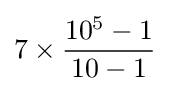
7\times {\frac {10^{5}-1}{10-1}}